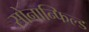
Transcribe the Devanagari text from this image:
सोनान्फिल्ड